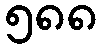
၅၈၈